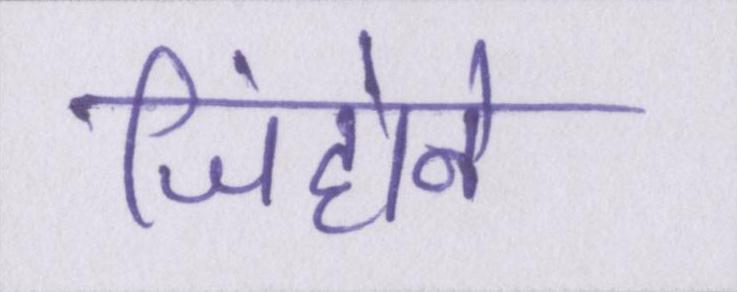
जिंहोने